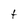
Character: t